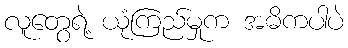
လူတွေရဲ့ ယုံကြည်မှုက အဓိကပါပဲ